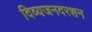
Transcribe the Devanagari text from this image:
दिव्यजनदरशन